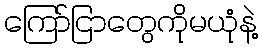
ကြော်ငြာတွေကိုမယုံနဲ့